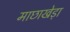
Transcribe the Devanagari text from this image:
माछाखेड़ा